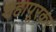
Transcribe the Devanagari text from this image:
शहापूरकर